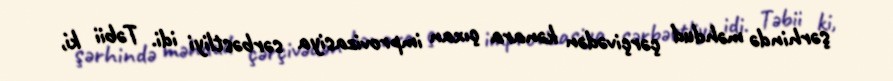
şərhində məhdud çərçivədən kənara çıxan improvizasiya sərbəstliyi idi. Təbii ki,